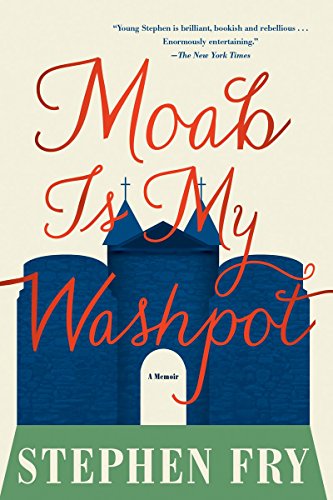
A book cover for Moab Is My Washpot; Stephen Fry; Gay & Lesbian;